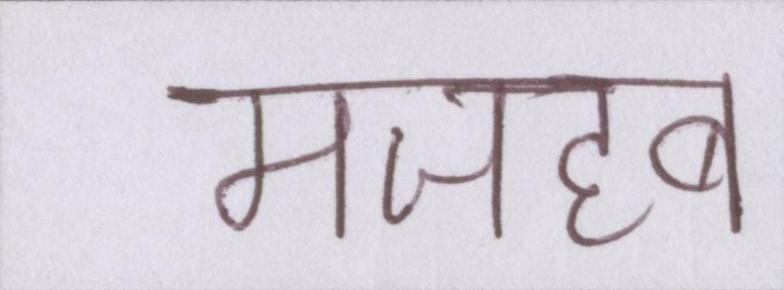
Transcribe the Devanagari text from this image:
मजहब